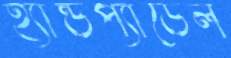
হ্যান্ডপ্যাডেল